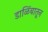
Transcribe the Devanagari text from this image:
डाळिंबातून